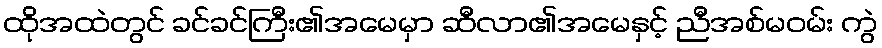
ထိုအထဲတွင် ခင်ခင်ကြီး၏အမေမှာ ဆီလာ၏အမေနှင့် ညီအစ်မဝမ်း ကွဲ